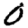
Digit: 0